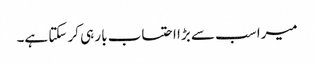
میرا سب سے بڑا احتساب بار ہی کر سکتا ہے۔